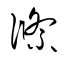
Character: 絛